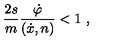
\frac { 2 s } { m } \frac { \dot { \varphi } } { ( \dot { x } , n ) } < 1 \ ,